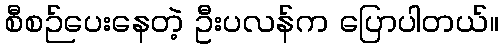
စီစဉ်ပေးနေတဲ့ ဦးပလန်က ပြောပါတယ်။